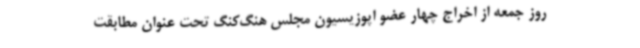
روز جمعه از اخراج چهار عضو اپوزیسیون مجلس هنگ‌کنگ تحت عنوان مطابقت